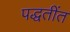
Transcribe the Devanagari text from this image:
पद्धतींत